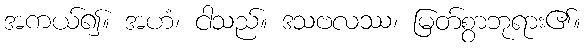
အကယ်၍။ အဟံ၊ ငါသည်။ ဒသဗလဿ၊ မြတ်စွာဘုရား၏။